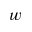
w